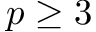
p \geq 3